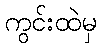
ကွင်းထဲမှ